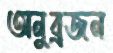
অনুব্রজন